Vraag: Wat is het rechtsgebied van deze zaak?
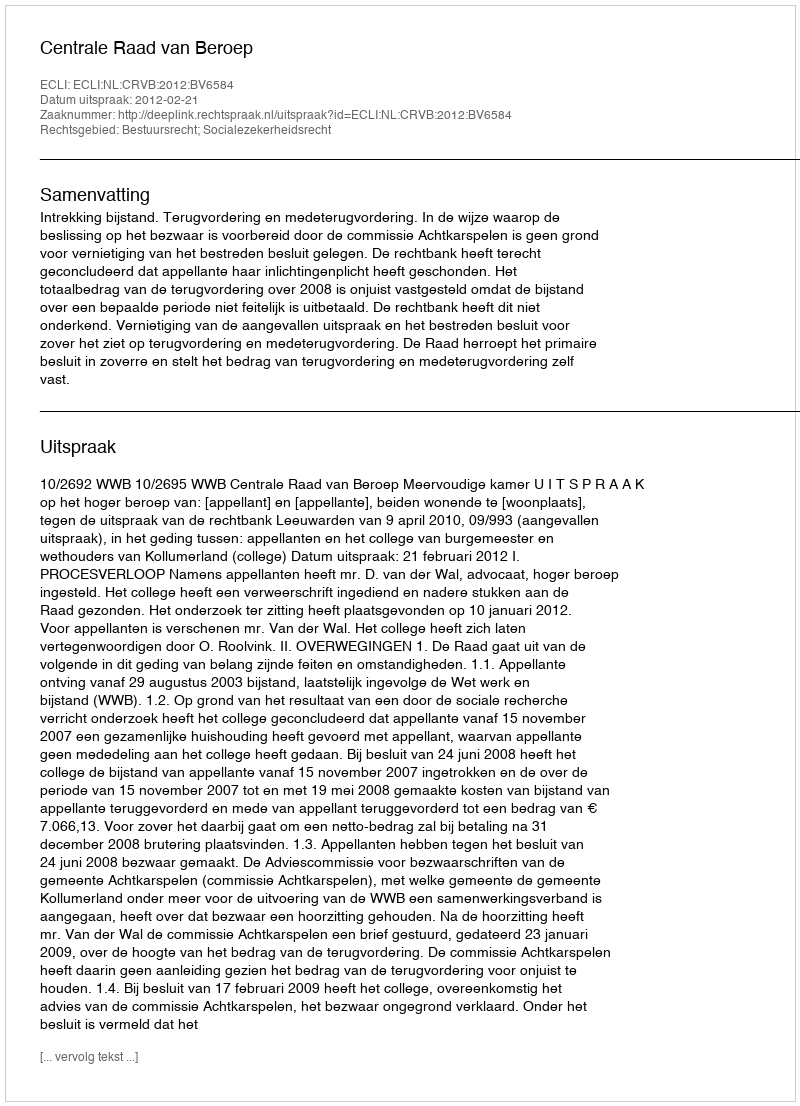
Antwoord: Bestuursrecht; Socialezekerheidsrecht